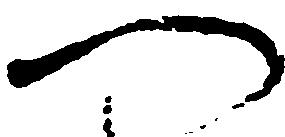
へ